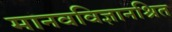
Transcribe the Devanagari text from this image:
मानवविज्ञानश्रित